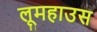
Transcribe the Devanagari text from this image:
लूमहाउस